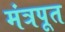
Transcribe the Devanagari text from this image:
मंत्रपूत